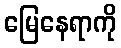
မြေနေရာကို